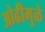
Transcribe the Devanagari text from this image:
ओढीमुळे